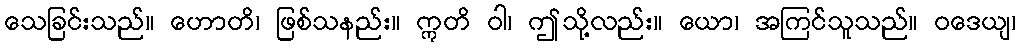
သေခြင်းသည်။ ဟောတိ၊ ဖြစ်သနည်း။ ဣတိ ဝါ၊ ဤသို့လည်း။ ယော၊ အကြင်သူသည်။ ဝဒေယျ၊